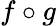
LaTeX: f\circ g